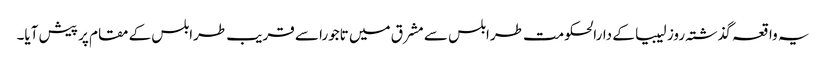
یہ واقعہ گذشتہ روز لیبیا کے دارالحکومت طرابلس سے مشرق میں تاجورا سے قریب طرابلس کے مقام پر پیش آیا۔